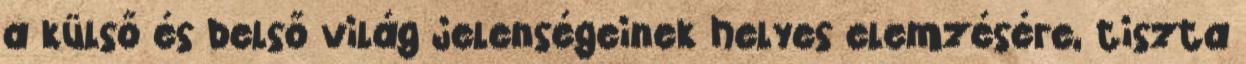
a külső és belső világ jelenségeinek helyes elemzésére, tiszta